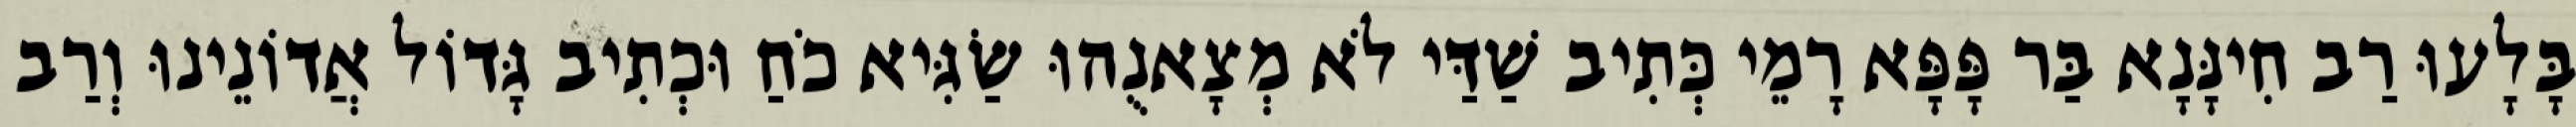
בָּלָעוּ רַב חִינָּנָא בַּר פָּפָּא רָמֵי כְּתִיב שַׁדַּי לֹא מְצָאנֻהוּ שַׂגִּיא כֹחַ וּכְתִיב גָּדוֹל אֲדוֹנֵינוּ וְרַב